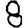
Digit: 8